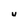
Character: U